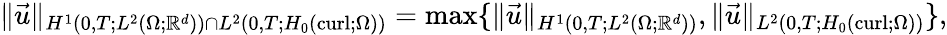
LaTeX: \begin{array}{r}{\| \vec{u}\| _{H^{1}(0,T;L^{2}(\Omega;\mathbb R^{d}))\cap L^{2}(0,T;H_{0}(\operatorname{curl};\Omega))}=\operatorname*{max}\{ \| \vec{u}\| _{H^{1}(0,T;L^{2}(\Omega;\mathbb R^{d}))},\| \vec{u}\| _{L^{2}(0,T;H_{0}(\operatorname{curl};\Omega))}\} ,}\end{array}